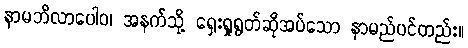
နာမဘိလာပေါဝ၊ အနက်သို့ ရှေးရှုရွတ်ဆိုအပ်သော နာမည်ပင်တည်း။